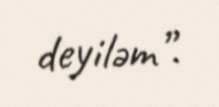
deyiləm”.